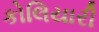
કોલિયારી